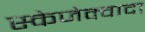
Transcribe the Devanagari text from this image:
स्केजेक्वादा